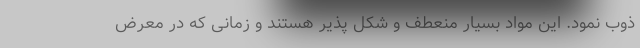
ذوب نمود. این مواد بسیار منعطف و شکل پذیر هستند و زمانی که در معرض